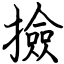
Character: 撿